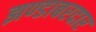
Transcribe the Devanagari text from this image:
झण्डाबरदार